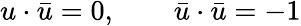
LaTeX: u\cdot\bar{u}=0,\qquad\bar{u}\cdot\bar{u}=-1